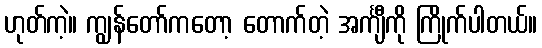
ဟုတ်ကဲ့။ ကျွန်တော်ကတော့ တောက်တဲ့ အင်္ကျီကို ကြိုက်ပါတယ်။